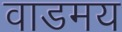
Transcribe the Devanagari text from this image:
वाडमय